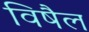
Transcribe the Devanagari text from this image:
विषैल